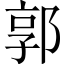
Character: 郭